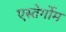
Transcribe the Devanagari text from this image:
एस्तेर्गोम